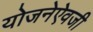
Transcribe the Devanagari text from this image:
योजनेऐवजी